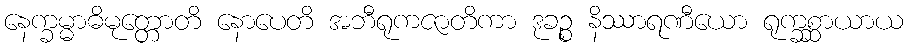
နေက္ခမ္မာဓိမုတ္တောတိ နောပေတိ အဘီရုကဇာတိကာ ဒုခဉ္စ နိဿာရဏီယော ရုက္ခစ္ဆာယာယ